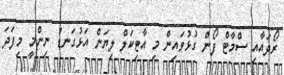
ރޯދައާއި ސްމާޓް ފޯން ގުޅުވައިން މި އާޓިކަލް ލިޔަން އަޅުގަނޑު ނިންމީ މިފަދަ